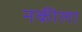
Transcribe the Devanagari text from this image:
नकीला